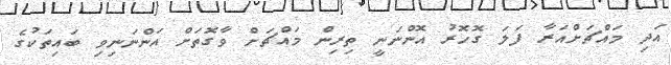
އަދި މައްޗަށްއަރާ ފަލަ ގޮހޮރު އޮންނަނީ ތިރިން މައްޗަށް ވާގޮތަށް އަންނަނިވި ބައިތަކުގެ